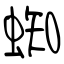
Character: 蜘